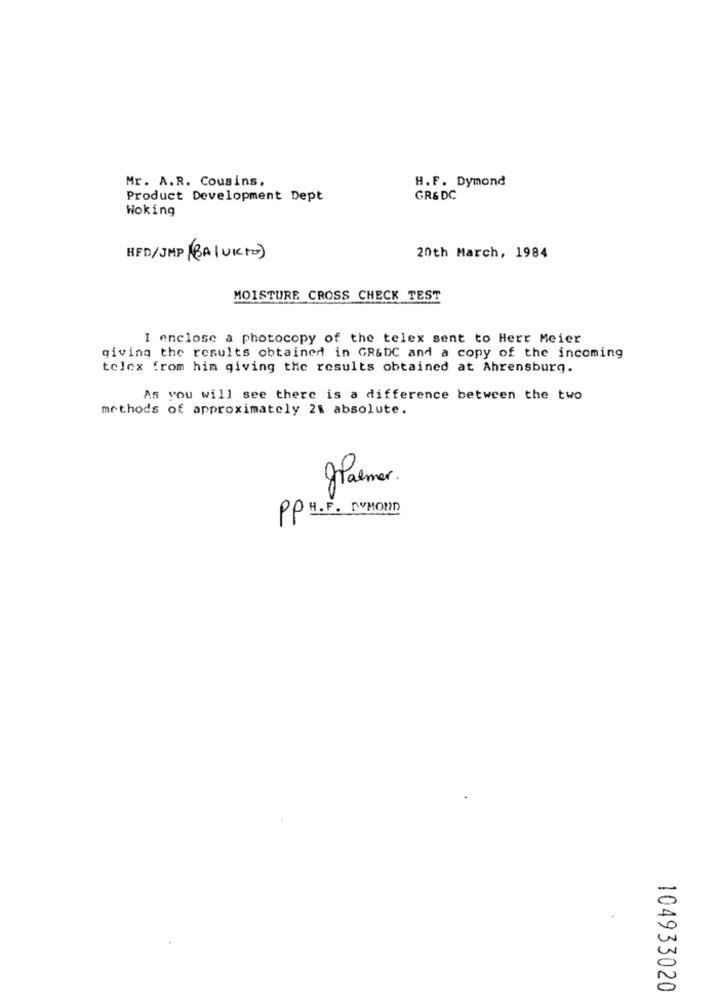
Mr. A.R. Cousins,
H.F. Dymond
Product Development Dept
GR&DC
Woking
HFD/JMP (BALUKTO)
20th March, 1984
MOISTURE CROSS CHECK TEST
I enclose a photocopy of the telex sent to Herr Meier
giving the results obtained in GR&DC and a copy of the incoming
tolex from him giving the results obtained at Ahrensburg.
As you will see there is a difference between the two
methods of approximately 28 absolute.
farmer.
PP H. F. [WHOND
104933020